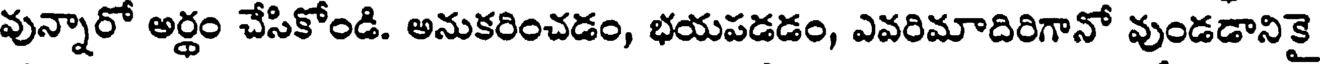
వున్నారో అర్ధం చేసికోండి. అనుకరించడం, భయపడడం, ఎవరిమాదిరిగానో వుండడానికై